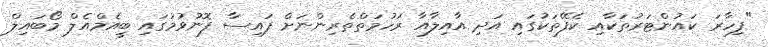
"ފިހާރަ ކައުންޓަރުތަކާއި ކެފޭތަކުގައި އަދި އާއިލާއާ ރަހުމަތްތެރިންނަށް ފައިސާ ފޮނުވުމުގައި ބީއެމްއެލް މޯބައިލް